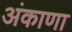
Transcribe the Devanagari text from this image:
अंकाणा